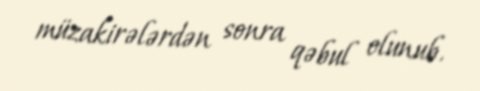
müzakirələrdən sonra qəbul olunub.